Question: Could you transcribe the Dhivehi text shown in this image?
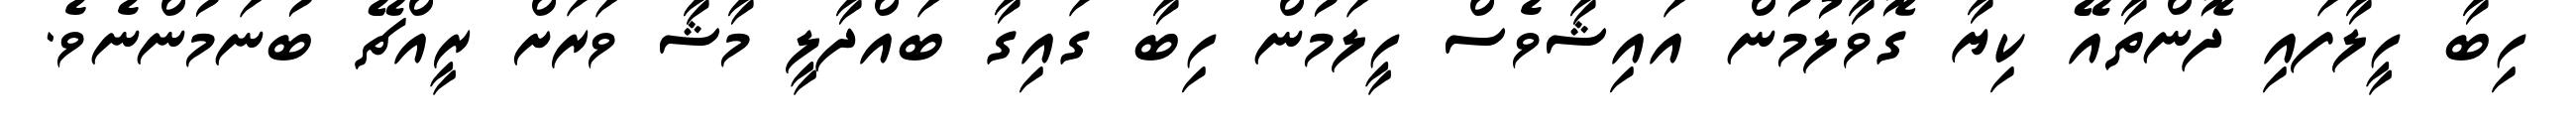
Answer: ހިބާ ހީލާފައި ދޮންތާއޭ ކިޔާ ގޮވާލުމުން އައިޝާވެސް ހީލަމުން ހިބާ ގައިގާ ބައްދާލީ މާޝާ ވަރަށް ރީއްޗޭ ބުނަމުންނެވެ.